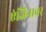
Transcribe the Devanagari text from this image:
एंजिनावर